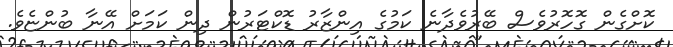
ކޮށްގެން ގޮހޮރުވެސް ބޭރުވެދާނެ ކަމުގެ އިންޒާރު ޑޮކްޓަރުން ދިން ކަމަށް އޭނާ ބުންޏެވެ.